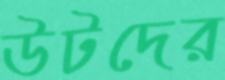
উটদের